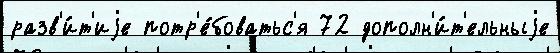
разв'и́т'иjе потр'е́боватьс'я 72 дополн'и́т'ельныjе